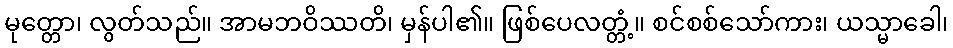
မုတ္တော၊ လွတ်သည်။ အာမဘဝိဿတိ၊ မှန်ပါ၏။ ဖြစ်ပေလတ္တံ့။ စင်စစ်သော်ကား၊ ယသ္မာခေါ၊